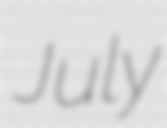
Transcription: July